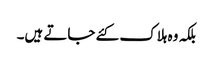
بلکہ وہ ہلاک کئے جاتے ہیں۔